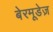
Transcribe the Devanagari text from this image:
बेरमूडेज़